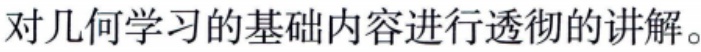
对几何学习的基础内容进行透彻的讲解。